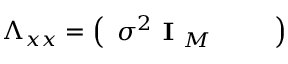
\boldsymbol { \Lambda } _ { x x } = \left( \begin{array} { l l l } { \sigma ^ { 2 } \textbf { I } _ { M } } & { } & { } \end{array} \right)